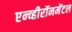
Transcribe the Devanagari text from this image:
एन्व्हीरॉनमेंटल